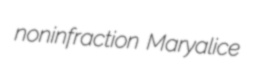
noninfraction Maryalice